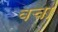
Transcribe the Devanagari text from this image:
वचा